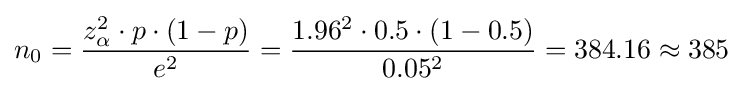
n_{0}={\frac {z_{\alpha }^{2}\cdot p\cdot (1-p)}{e^{2}}}={\frac {1.96^{2}\cdot 0.5\cdot (1-0.5)}{0.05^{2}}}=384.16\approx 385